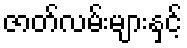
ဇာတ်လမ်းများနှင့်